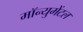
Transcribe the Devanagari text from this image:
मॉन्युमेंटल